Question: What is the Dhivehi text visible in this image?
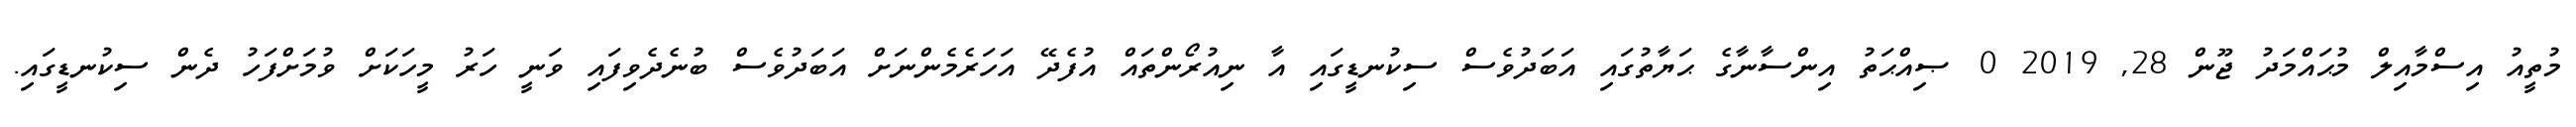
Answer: މުތީއު އިސްމާއިލް މުޙައްމަދު ޖޫން 28, 2019 0 ޞިއްޙަތު އިންސާނާގެ ޙަޔާތުގައި އަބަދުވެސް ސިކުނޑީގައި އާ ނިއުރޯންތައް އުފެދޭ އަހަރެމެންނަށް އަބަދުވެސް ބުނެދެވިފައި ވަނީ ހަރު މީހަކަށް ވުމަށްފަހު ދެން ސިކުނޑީގައި.